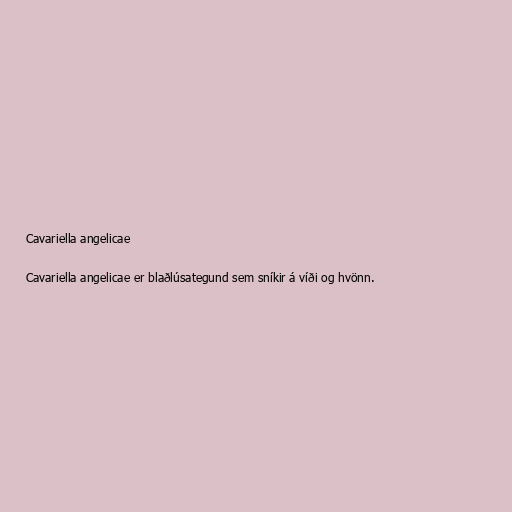
Cavariella angelicae

Cavariella angelicae er blaðlúsategund sem sníkir á víði og hvönn.